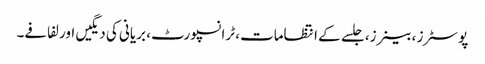
پوسٹرز ، بینرز، جلسے کے انتظامات، ٹرانسپورٹ، بریانی کی دیگیں اور لفافے۔